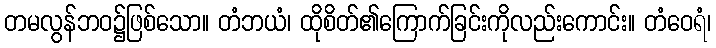
တမလွန်ဘဝ၌ဖြစ်သော။ တံဘယံ၊ ထိုစိတ်၏ကြောက်ခြင်းကိုလည်းကောင်း။ တံဝေရံ၊